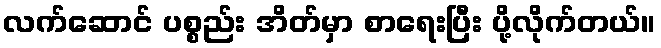
လက်ဆောင် ပစ္စည်း အိတ်မှာ စာရေးပြီး ပို့လိုက်တယ်။